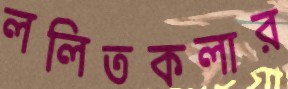
ললিতকলার